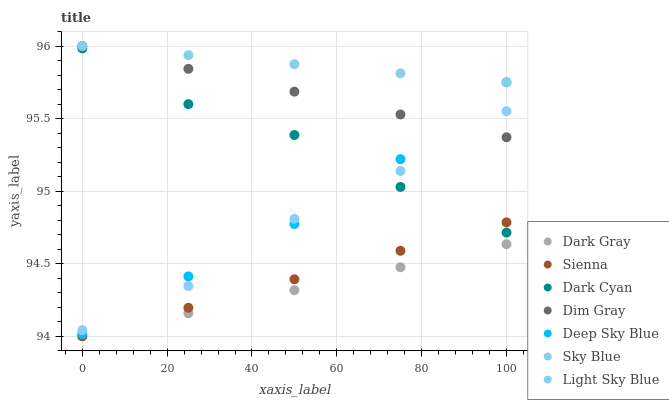
| xaxis_label | Dark Gray | Sienna | Dark Cyan | Dim Gray | Deep Sky Blue | Sky Blue | Light Sky Blue |
 | --- | --- | --- | --- | --- | --- | --- | --- |
 | 0 | 94 | 94 | 96 | 96 | 94 | 96 | 94 |
 | 25 | 94.2 | 94.2 | 95.6 | 95.8 | 94.4 | 95.9 | 94.3 |
 | 50 | 94.3 | 94.4 | 95.4 | 95.7 | 94.8 | 95.9 | 94.8 |
 | 75 | 94.5 | 94.6 | 95 | 95.5 | 95.2 | 95.8 | 95.1 |
 | 100 | 94.6 | 94.8 | 94.7 | 95.4 | 95.8 | 95.7 | 95.6 |